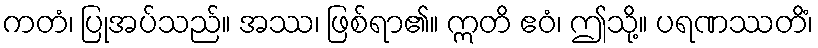
ကတံ၊ ပြုအပ်သည်။ အဿ၊ ဖြစ်ရာ၏။ ဣတိ ဧဝံ၊ ဤသို့။ ပရဏဿတိံ၊